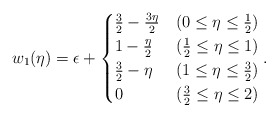
\begin{align*} w_1(\eta) = \epsilon+ \begin{cases} \frac{3}{2}-\frac{3\eta}{2} & (0\leq\eta\leq\frac{1}{2})\\ 1-\frac{\eta}{2} & (\frac{1}{2}\leq\eta\leq 1)\\ \frac{3}{2}-\eta & (1\leq\eta\leq\frac{3}{2})\\ 0 & (\frac{3}{2}\leq\eta\leq 2) \end{cases} .\end{align*}